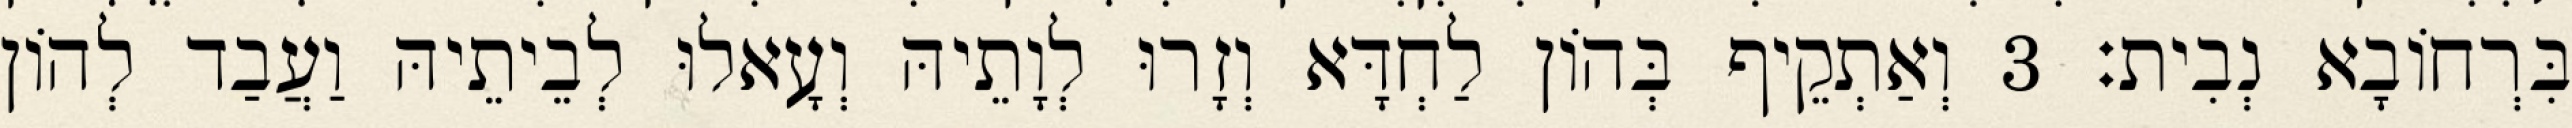
בִּרְחוֹבָא נְבִית׃ 3 וְאַתְקֵיף בְּהוֹן לַחְדָּא וְזָרוּ לְוָתֵיהּ וְעָאלוּ לְבֵיתֵיהּ וַעֲבַד לְהוֹן